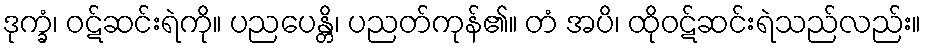
ဒုက္ခံ၊ ဝဋ်ဆင်းရဲကို။ ပညပေန္တိ၊ ပညတ်ကုန်၏။ တံ အပိ၊ ထိုဝဋ်ဆင်းရဲသည်လည်း။